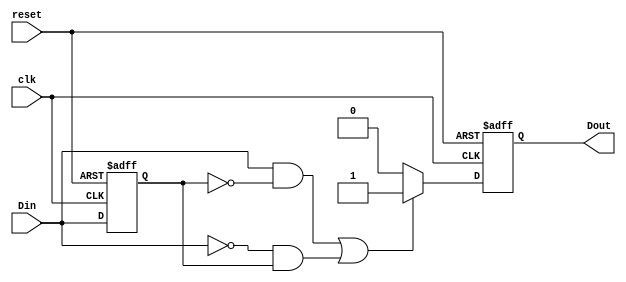
module EdgeDetector (
    input wire clk,       // Clock signal
    input wire reset,     // Asynchronous reset
    input wire Din,       // Digital signal input
    output reg Dout       // Edge detected signal output
);

    // Internal register to hold the previous state of Din
    reg prev_state;

    // Always block for edge detection
    always @(posedge clk or posedge reset) begin
        if (reset) begin
            // On reset, clear Dout and initialize prev_state
            Dout <= 1'b0;
            prev_state <= 1'b0;
        end else begin
            // Edge detection logic
            if ((Din && !prev_state) || (!Din && prev_state)) begin
                Dout <= 1'b1; // Assert Dout for one clock cycle on edge
            end else begin
                Dout <= 1'b0; // Deassert Dout otherwise
            end
            
            // Update the previous state
            prev_state <= Din;
        end
    end

endmodule